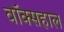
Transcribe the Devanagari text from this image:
वॉक्सहाल